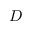
D